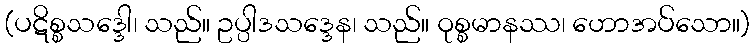
(ပဋိစ္စသဒ္ဒေါ၊ သည်။ ဥပ္ပါဒသဒ္ဒေန၊ သည်။ ဝုစ္စမာနဿ၊ ဟောအပ်သော။)